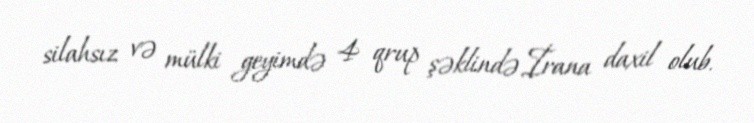
silahsız və mülki geyimdə 4 qrup şəklində İrana daxil olub.